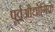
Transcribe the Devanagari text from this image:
पूर्वऔद्योगिक